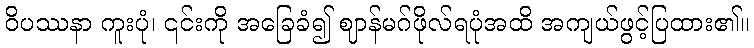
ဝိပဿနာ ကူးပုံ၊ ၎င်းကို အခြေခံ၍ ဈာန်မဂ်ဖိုလ်ရပုံအထိ အကျယ်ဖွင့်ပြထား၏။